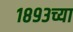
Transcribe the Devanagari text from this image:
१८९३च्या